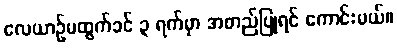
လေယာဉ်မထွက်ခင် ၃ ရက်မှာ အတည်ပြုရင် ကောင်းမယ်။